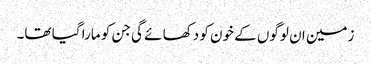
زمین ان لوگوں کے خون کو دکھا ئے گی جن کو مارا گیا تھا۔